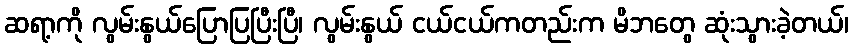
ဆရာ့ကို လွမ်းနွယ်ပြောပြပြီးပြီ၊ လွမ်းနွယ် ငယ်ငယ်ကတည်းက မိဘတွေ ဆုံးသွားခဲ့တယ်၊